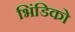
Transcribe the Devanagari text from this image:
भिंडिको